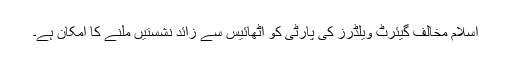
اسلام مخالف گیئرٹ ویلڈرز کی پارٹی کو اٹھائیس سے زائد نشستیں ملنے کا امکان ہے۔